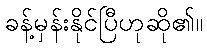
ခန့်မှန်းနိုင်ပြီဟုဆို၏။